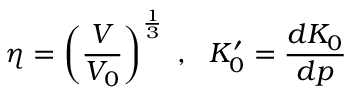
\eta = \left( { \frac { V } { V _ { 0 } } } \right) ^ { \frac { 1 } { 3 } } ~ , ~ ~ K _ { 0 } ^ { \prime } = { \frac { d K _ { 0 } } { d p } }